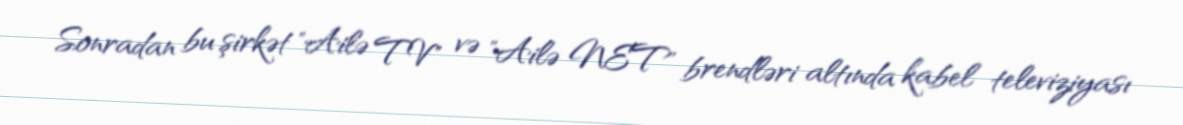
Sonradan bu şirkət "Ailə TV" və "Ailə NET" brendləri altında kabel televiziyası